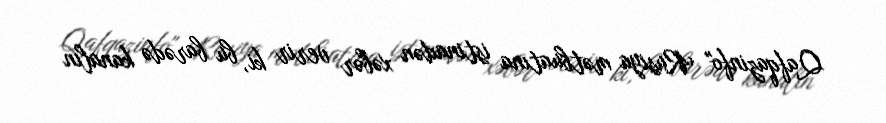
Qafqazinfo" Rusiya mətbuatına istinadən xəbər verir ki, bu barədə kanalın